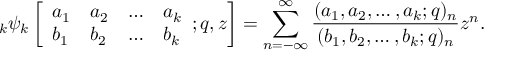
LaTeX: \; _ { k } \psi _ { k } \left[ { \begin{array} { l l l l } { a _ { 1 } } & { a _ { 2 } } & { \ldots } & { a _ { k } } \\ { b _ { 1 } } & { b _ { 2 } } & { \ldots } & { b _ { k } } \end{array} } ; q , z \right] = \sum _ { n = - \infty } ^ { \infty } { \frac { ( a _ { 1 } , a _ { 2 } , \ldots , a _ { k } ; q ) _ { n } } { ( b _ { 1 } , b _ { 2 } , \ldots , b _ { k } ; q ) _ { n } } } z ^ { n } .